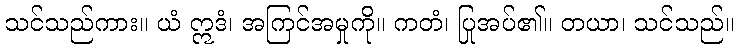
သင်သည်ကား။ ယံ ဣဒံ၊ အကြင်အမှုကို။ ကတံ၊ ပြုအပ်၏။ တယာ၊ သင်သည်။